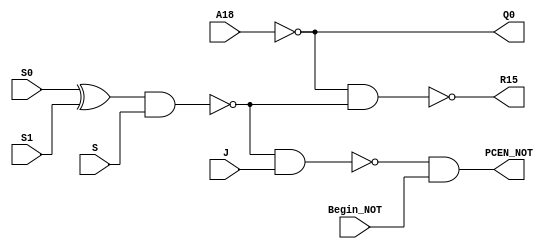
`timescale 1ns / 1ps
//////////////////////////////////////////////////////////////////////////////////
// 
// Design Name: 	 Math Box Control Block #3
// Module Name:    MBControl3 
// Project Name: 	 Vic Vector
// Target Devices: 
// Tool versions: 
// Description: 	 Uses various basic logic gates to take input signals from the
//						 Math Box ROMs and ALUs.  These signals are then used to create a
//						 control signals that is fed back to the ALU, while also creating
//						 two control signals that are passed back to other modules of 
//						 the Math Box.
//
// Dependencies: 
//
// Revision: 
// Revision 0.01 - File Created
// Additional Comments: 
//
//////////////////////////////////////////////////////////////////////////////////
module MBControl3(A18, S, S1, S0, J, Begin_NOT, Q0, R15, PCEN_NOT);
    input A18;
    input S;
    input S1;
    input S0;
    input J;
    input Begin_NOT;
    output reg Q0;
    output reg R15;
    output reg PCEN_NOT;

	 reg temp_c404;
	 reg temp_c646;
	 reg temp_0600;
	 reg temp_d4e4;
	 
	 always @(*)
	 begin
	 Q0 = !A18; // INV
	 temp_c404 = !A18; // INV
	 temp_c646 = (S0 ^ S1); //XOR
	 temp_0600 = ~(temp_c646 & S); //NAND
	 R15 = ~(temp_c404 & temp_0600); //NAND
	 temp_d4e4 = ~(temp_0600 & J); // NAND
	 PCEN_NOT = (temp_d4e4 & Begin_NOT); // AND from Nor with Inverted inputs
	 end	 

endmodule